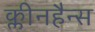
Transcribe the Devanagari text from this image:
क्लीनहैन्स